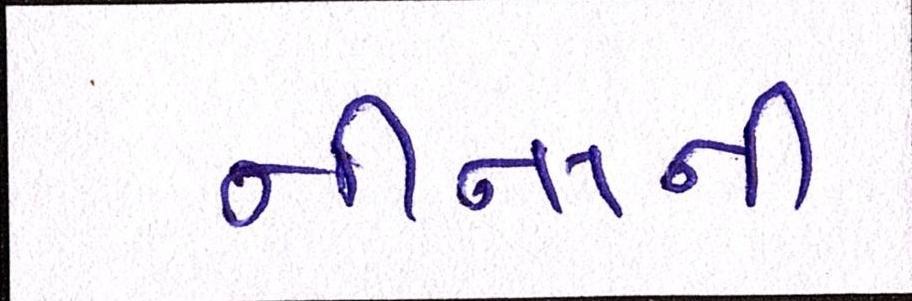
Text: નીનાની